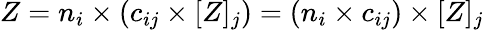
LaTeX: Z=n_{i}\times(c_{ij}\times[Z]_{j})=(n_{i}\times c_{ij})\times[Z]_{j}